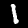
Label: 1